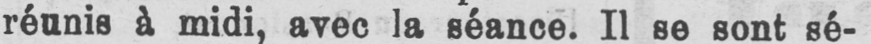
réunis à midi, avec la séance. Il se sont sé-